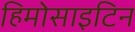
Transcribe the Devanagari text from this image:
हिमोसाइटिन